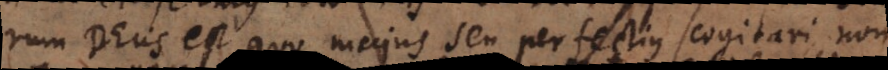
sit Deus est quo majus seu perfectius nihil